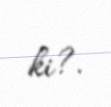
ki?.